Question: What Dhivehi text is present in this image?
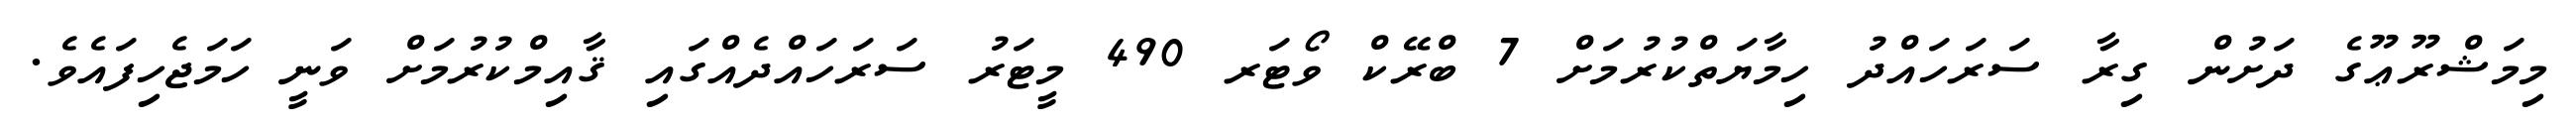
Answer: މިމަޝްރޫޢޫގެ ދަށުން ގިރާ ސަރަހައްދު ހިމާޔަތްކުރުމަށް 7 ބްރޭކް ވޯޓަރ 490 މީޓަރު ސަރަހައްދެއްގައި ޤާއިމްކުރުމަށް ވަނީ ހަމަޖެހިފައެވެ.